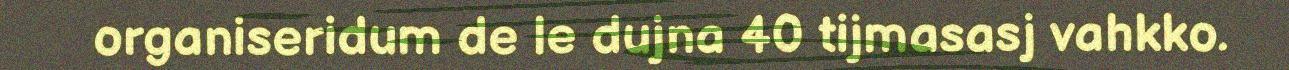
organiseridum de le dujna 40 tijmasasj vahkko.